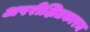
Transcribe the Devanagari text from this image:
अपरीक्षितकारम